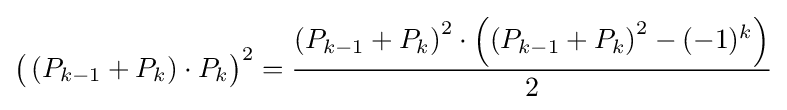
{\bigl (}\left(P_{k-1}+P_{k}\right)\cdot P_{k}{\bigr )}^{2}={\frac {\left(P_{k-1}+P_{k}\right)^{2}\cdot \left(\left(P_{k-1}+P_{k}\right)^{2}-(-1)^{k}\right)}{2}}